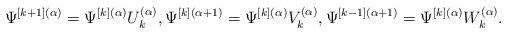
LaTeX: \begin{align*} \Psi^{[k+1](\alpha)}=\Psi^{[k](\alpha)} U_{k}^{(\alpha)}, \Psi^{[k](\alpha+1)}=\Psi^{[k](\alpha)} V_{k}^{(\alpha)}, \Psi^{[k-1](\alpha+1)}=\Psi^{[k](\alpha)}W_{k}^{(\alpha)}.\end{align*}